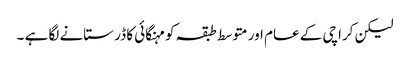
لیکن کراچی کے عام اور متوسط طبقہ کو مہنگائی کا ڈر ستانے لگا ہے ۔